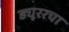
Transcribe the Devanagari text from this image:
ड्यूररचा